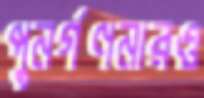
পুনর্গণনারও